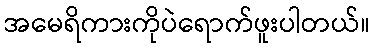
အမေရိကားကိုပဲရောက်ဖူးပါတယ်။